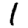
Digit: 1